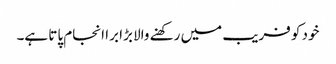
خود کو فریب میں رکھنے والا بڑا برا انجام پاتا ہے۔